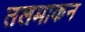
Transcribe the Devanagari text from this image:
तलमाकन